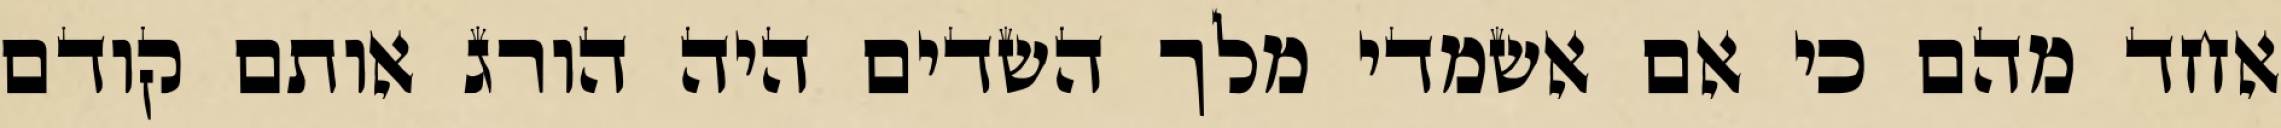
אחד מהם כי אם אשמדי‏ מלך השדים היה הורג אותם קודם